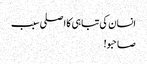
انسان کی تباہی کا اصلی سبب
صاحبو!